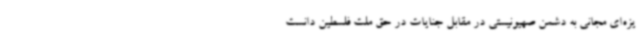
یزه‌ای مجانی به دشمن صهیونیستی در مقابل جنایات در حق ملت فلسطین دانست